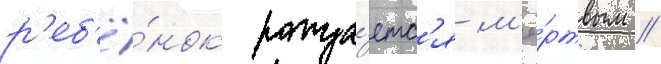
р'еб'ё́нок рожда́етс'я м'ё́ртвым //